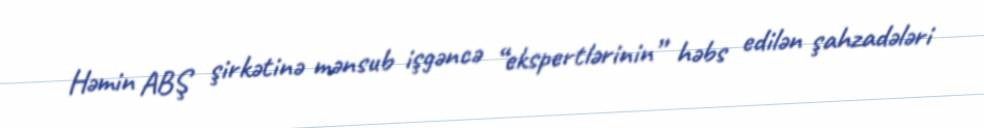
Həmin ABŞ şirkətinə mənsub işgəncə “ekspertlərinin” həbs edilən şahzadələri